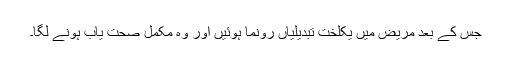
جس کے بعد مریض میں یکلخت تبدیلیاں رونما ہوئیں اور وہ مکمل صحت یاب ہونے لگا۔